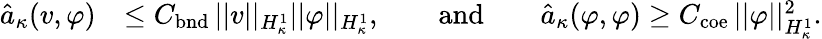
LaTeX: \begin{array}{rl}{\hat{a}_{\kappa}(v,\varphi)}&{\leq C_{\mathrm{bnd}}\, \lvert|v\rvert|_{H_{\kappa}^{1}}\lvert|\varphi\rvert|_{H_{\kappa}^{1}},\qquad\mathrm{and}\qquad\hat{a}_{\kappa}(\varphi,\varphi)\geq C_{\mathrm{coe}}\, \lvert|\varphi\rvert|_{H_{\kappa}^{1}}^{2}.}\end{array}